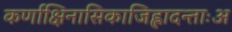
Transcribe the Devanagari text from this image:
कर्णाक्षिनासिकाजिह्लादन्ताःअ